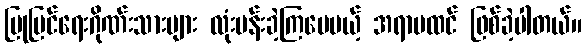
ပြုပြင်ရေးဂိုဏ်းသားများ လုံးပန်းခဲ့ကြပေမယ့် အရာမထင် ဖြစ်ခဲ့ပါတယ်။